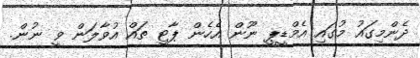
ދެންމިގައު މުގައި އެމްޑީޕީ ނޫން އެހެން ޕާޓީ ތައް އުވާލަން ވީ ނުން.